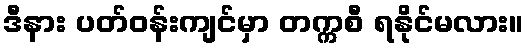
ဒီနား ပတ်ဝန်းကျင်မှာ တက္ကစီ ရနိုင်မလား။